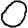
Digit: 0